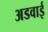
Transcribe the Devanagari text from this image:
अडवाई